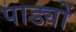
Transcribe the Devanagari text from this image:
पाड्यों